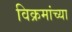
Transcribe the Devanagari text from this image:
विक्रमांच्या